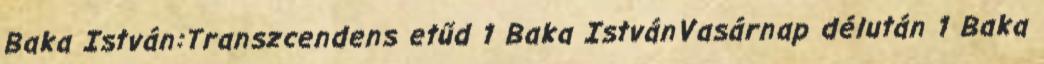
Baka István:Transzcendens etűd 1 Baka IstvánVasárnap délután 1 Baka